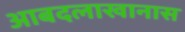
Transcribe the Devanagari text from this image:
आबदलाखानास